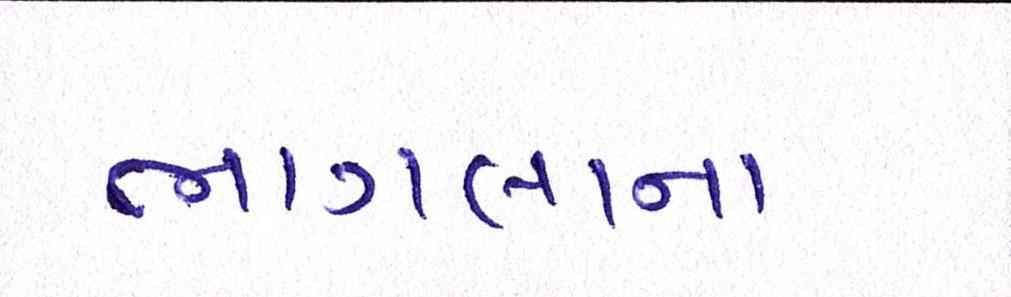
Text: ભાગલાના